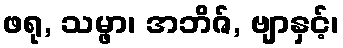
ဖရု, သမ္ဖာ၊ အဘိဇ်, ဗျာနှင့်၊